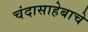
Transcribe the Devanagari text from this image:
चंदासाहेबाचे